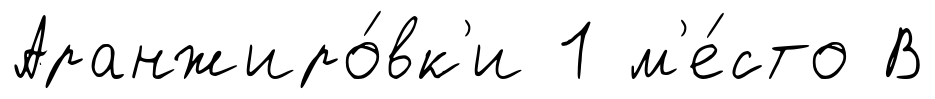
Аранжиро́вк'и 1 м'е́сто В